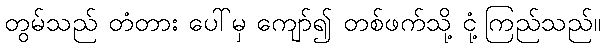
တွမ်သည် တံတား ပေါ်မှ ကျော်၍ တစ်ဖက်သို့ ငုံ့ကြည်သည်။